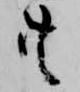
共